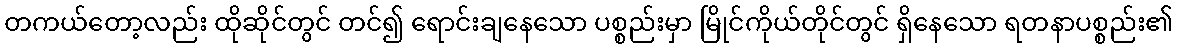
တကယ်တော့လည်း ထိုဆိုင်တွင် တင်၍ ရောင်းချနေသော ပစ္စည်းမှာ မြိုင်ကိုယ်တိုင်တွင် ရှိနေသော ရတနာပစ္စည်း၏